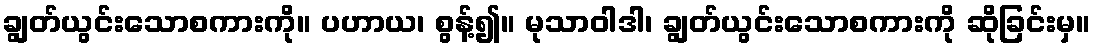
ချွတ်ယွင်းသောစကားကို။ ပဟာယ၊ စွန့်၍။ မုသာဝါဒါ၊ ချွတ်ယွင်းသောစကားကို ဆိုခြင်းမှ။